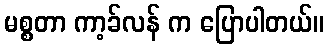
မစ္စတာ ကာ့ခ်လန် က ပြောပါတယ်။